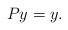
LaTeX: \begin{align*}Py=y.\end{align*}